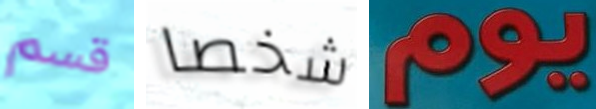
قسم شخصا يوم